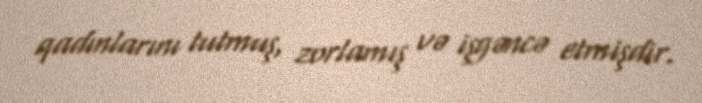
qadınlarını tutmuş, zorlamış və işgəncə etmişdir.